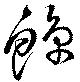
鯨